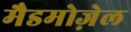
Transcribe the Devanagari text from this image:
मैडमोज़ेल